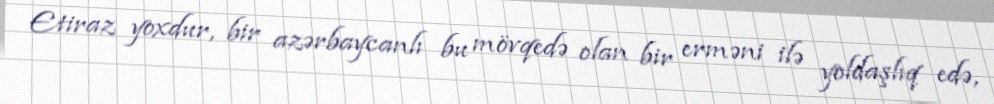
Etiraz yoxdur, bir azərbaycanlı bu mövqedə olan bir erməni ilə yoldaşlıq edə,